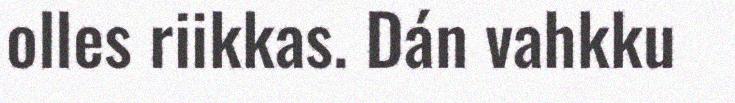
olles riikkas. Dán vahkku